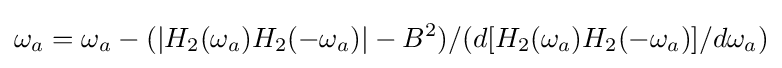
\omega _{a}=\omega _{a}-(|H_{2}(\omega _{a})H_{2}(-\omega _{a})|-B^{2})/(d[H_{2}(\omega _{a})H_{2}(-\omega _{a})]/d\omega _{a})